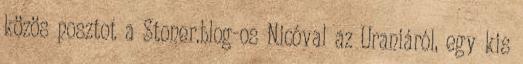
közös posztot a Stoner.blog-os Nicóval az Uraniáról, egy kis